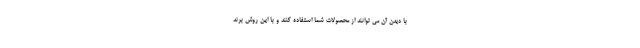
با دیدن آن می توانند از محصولات شما استفاده کنند و با این روش برند